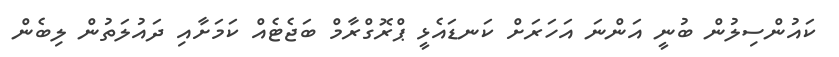
ކައުންސިލުން ބުނީ އަންނަ އަހަރަށް ކަނޑައެޅީ ޕްރޮގްރާމް ބަޖެޓެއް ކަމަށާއި ދައުލަތުން ލިބެން